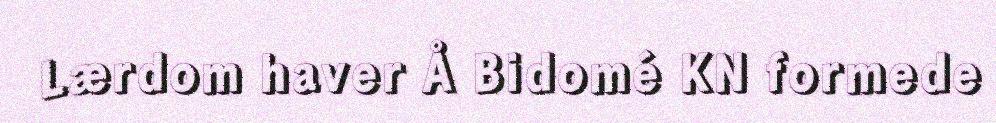
Lærdom haver Å Bidomé KN formede